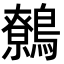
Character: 鷯